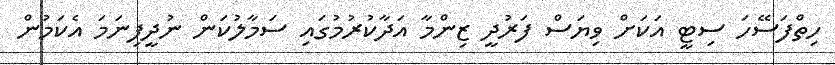
ހިތްފަސޭހަ ސިޓީ އަކަށް ވިޔަސް ފަރުދީ ޒިންމާ އަދާކުރުމުގައި ސަމާލުކަން ނުދީފިނަމަ އެކަމުން